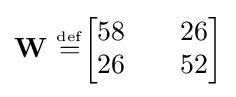
\mathbf {W} \ {\overset {\underset {\mathrm {def} }{}}{=}}{\begin{bmatrix}58&&26\\26&&52\end{bmatrix}}